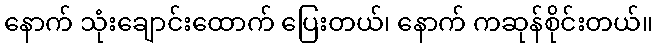
နောက် သုံးချောင်းထောက် ပြေးတယ်၊ နောက် ကဆုန်စိုင်းတယ်။